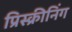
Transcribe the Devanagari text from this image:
प्रिस्क्रीनिंग